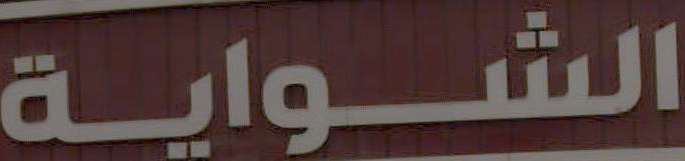
الشواية